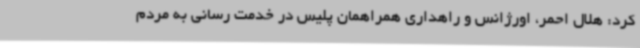
کرد: هلال احمر، اورژانس و راهداری همراهمان پلیس در خدمت رسانی به مردم